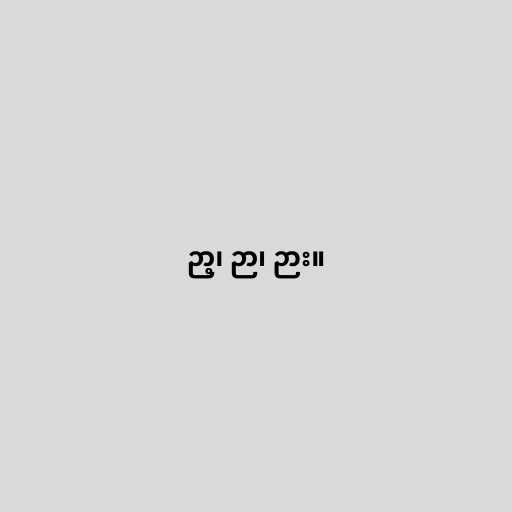
ဉာ့၊ ဉာ၊ ဉား။